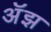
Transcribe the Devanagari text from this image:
अॅझ